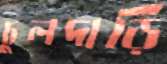
চুলদাড়ি